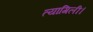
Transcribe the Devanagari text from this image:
त्यागिली।